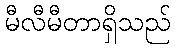
မီလီမီတာရှိသည်